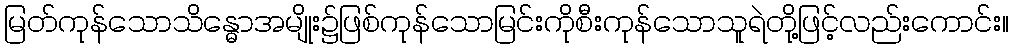
မြတ်ကုန်သောသိန္ဓောအမျိုး၌ဖြစ်ကုန်သောမြင်းကိုစီးကုန်သောသူရဲတို့ဖြင့်လည်းကောင်း။